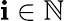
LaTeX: \mathbf{i}\in\mathbb{{N}}